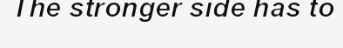
The stronger side has to